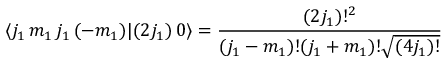
\langle j _ { 1 } \, m _ { 1 } \, j _ { 1 } \, ( - m _ { 1 } ) | ( 2 j _ { 1 } ) \, 0 \rangle = { \frac { ( 2 j _ { 1 } ) ! ^ { 2 } } { ( j _ { 1 } - m _ { 1 } ) ! ( j _ { 1 } + m _ { 1 } ) ! { \sqrt { ( 4 j _ { 1 } ) ! } } } }